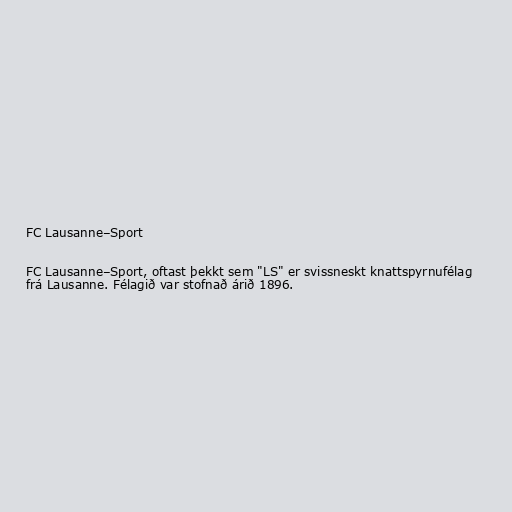
FC Lausanne–Sport

FC Lausanne–Sport, oftast þekkt sem "LS" er svissneskt knattspyrnufélag
frá Lausanne. Félagið var stofnað árið 1896.